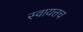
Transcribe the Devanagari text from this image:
स्वायत्तच